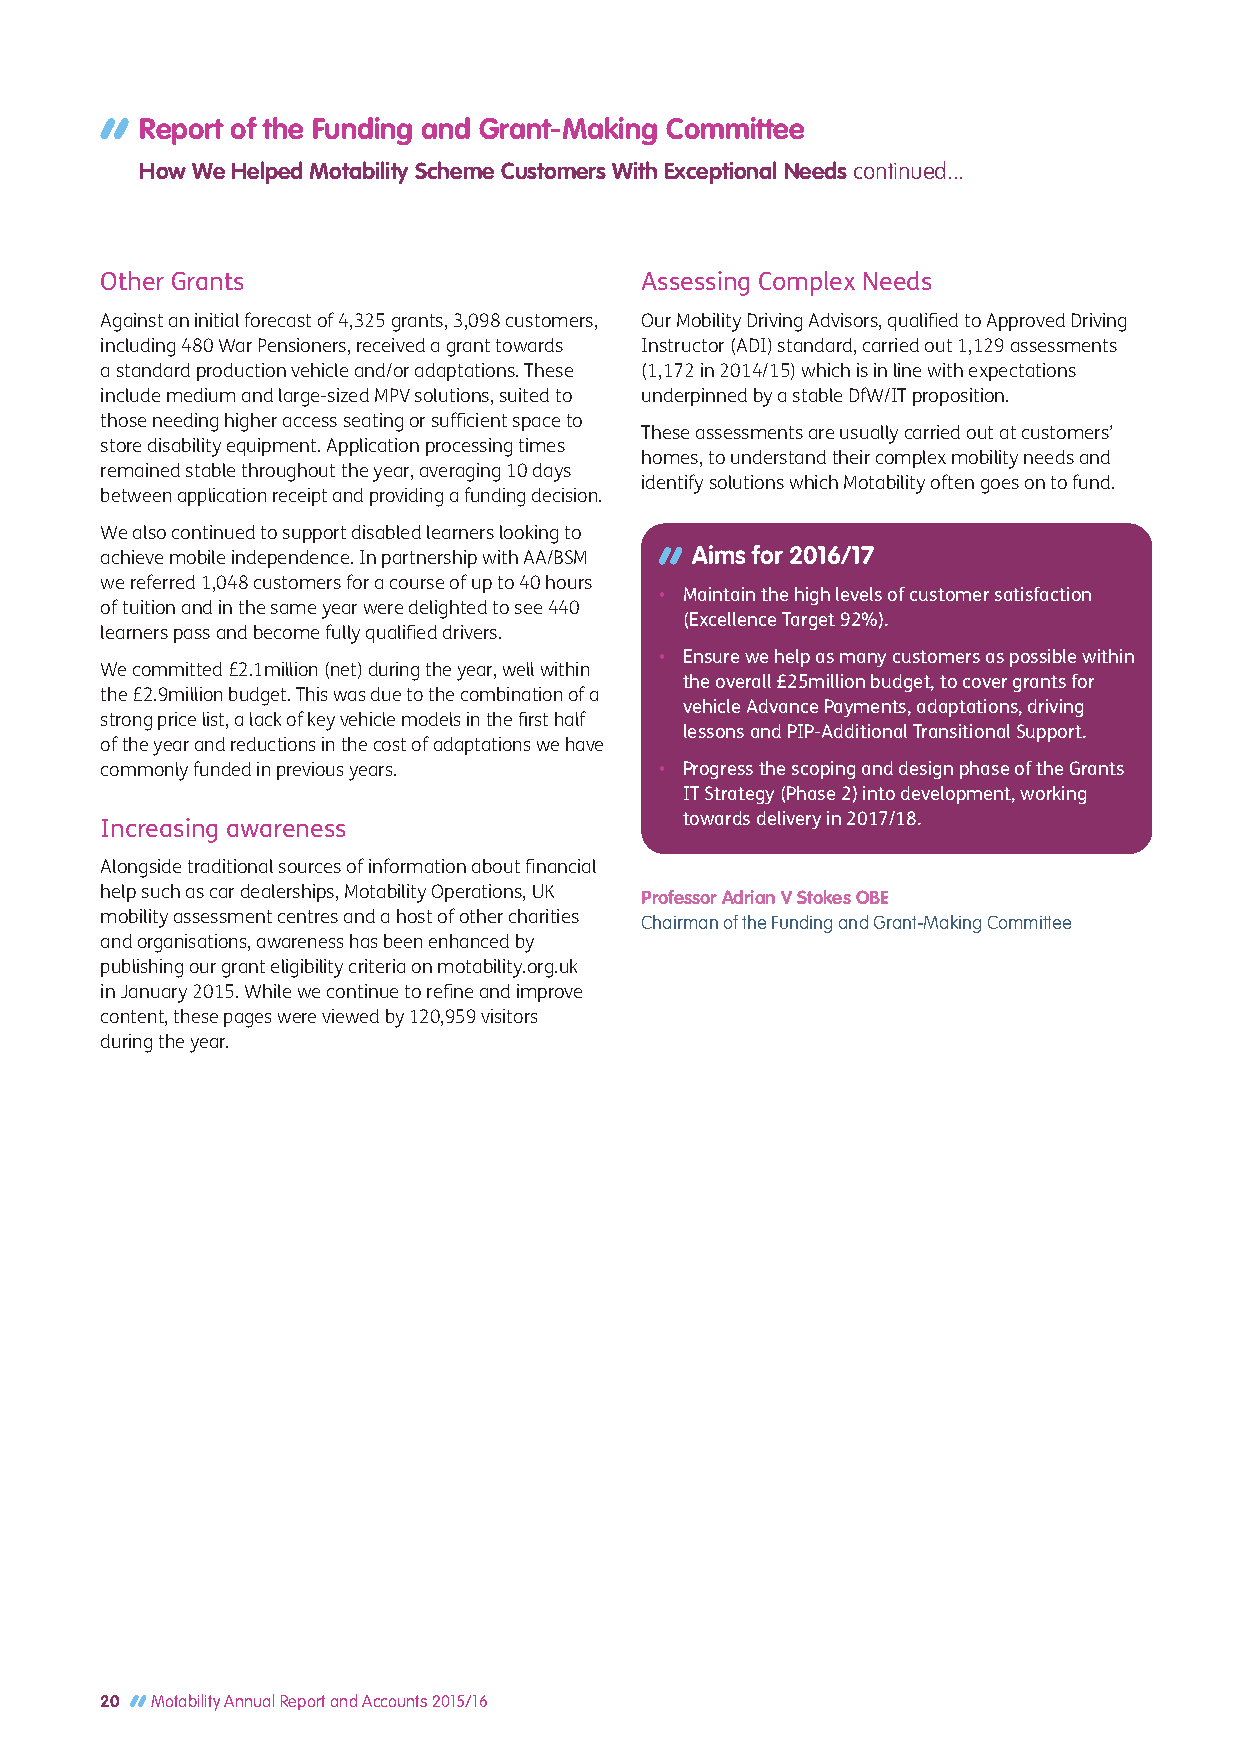
Report of the Funding and Grant-Making Committee
 How We Helped Motability Scheme Customers With Exceptional Needs continued...
 Other Grants                       Assessing Complex Needs
 Against an initial forecast of 4,325 grants, 3,098 customers, Our Mobility Driving Advisors, qualified to Approved Driving
 including 480 War Pensioners, received a grant towards Instructor (ADI) standard, carried out 1,129 assessments
 a standard production vehicle and/or adaptations. These (1,172 in 2014/15) which is in line with expectations
 include medium and large-sized MPV solutions, suited to underpinned by a stable DfW/IT proposition.
 those needing higher access seating or sufficient space to
 These assessments are usually carried out at customers’
 store disability equipment. Application processing times
 homes, to understand their complex mobility needs and
 remained stable throughout the year, averaging 10 days
 identify solutions which Motability often goes on to fund.
 between application receipt and providing a funding decision.
 We also continued to support disabled learners looking to
 achieve mobile independence. In partnership with AA/BSM Aims for 2016/17
 we referred 1,048 customers for a course of up to 40 hours
 • Maintain the high levels of customer satisfaction
 of tuition and in the same year were delighted to see 440
 (Excellence Target 92%).
 learners pass and become fully qualified drivers.
 • Ensure we help as many customers as possible within
 We committed £2.1million (net) during the year, well within
 the overall £25million budget, to cover grants for
 the £2.9million budget. This was due to the combination of a
 vehicle Advance Payments, adaptations, driving
 strong price list, a lack of key vehicle models in the first half
 lessons and PIP-Additional Transitional Support.
 of the year and reductions in the cost of adaptations we have
 commonly funded in previous years.   • Progress the scoping and design phase of the Grants
 IT Strategy (Phase 2) into development, working
 towards delivery in 2017/18.
 Increasing awareness
 Alongside traditional sources of information about financial
 help such as car dealerships, Motability Operations, UK Professor Adrian V Stokes OBE
 mobility assessment centres and a host of other charities Chairman of the Funding and Grant-Making Committee
 and organisations, awareness has been enhanced by
 publishing ourgrant eligibility criteria on motability.org.uk
 in January 2015. While we continue to refine and improve
 content, these pages were viewed by 120,959 visitors
 during the year.
 20 Motability Annual Report and Accounts 2015/16